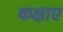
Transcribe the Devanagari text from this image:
कक्षाए